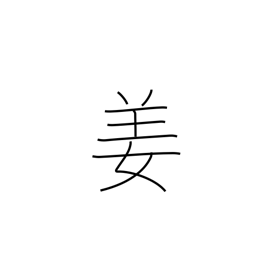
Meaning: Chinese surname